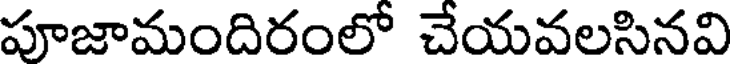
పూజామందిరంలో చేయవలసినవి